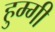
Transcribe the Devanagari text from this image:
हुम्गी